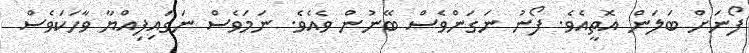
ފޯނަށް ބަލަން އޮތީއެވެ. ފޯނު ނަގަންވެސް ބޭނުން ވެއެވެ. ނަމަވެސް ނަގައިފިއްޔާ ވާހަކަވެސް